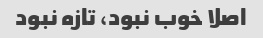
اصلا خوب نبود، تازه نبود